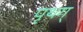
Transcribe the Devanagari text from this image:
पृथग्